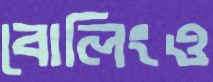
বোলিংও